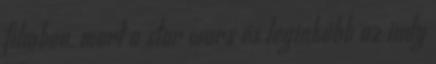
filmben, mert a star wars és leginkább az indy